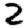
Digit: 2